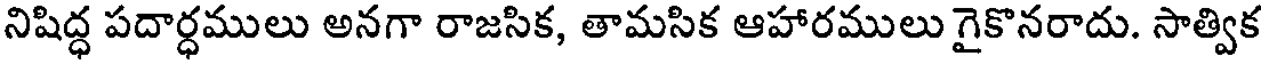
నిషిద్ధ పదార్ధములు అనగా రాజసిక, తామసిక ఆహారములు గైకొనరాదు. సాత్విక